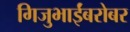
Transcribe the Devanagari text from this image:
गिजुभाईंबरोबर